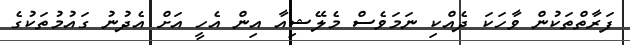
ފަރާތްތަކުން ވާހަކަ ދެއްކި ނަމަވެސް މެލޭޝިއާ އިން އެހީ އަށް އެދުނު ގައުމުތަކުގެ